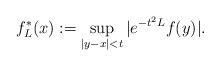
LaTeX: \begin{align*}f^*_L(x):=\sup\limits_{|y-x|<t}|e^{-t^2L}f(y)|.\end{align*}